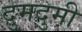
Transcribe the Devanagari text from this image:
दुमदुमी